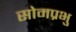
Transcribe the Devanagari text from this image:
सोमप्रभु